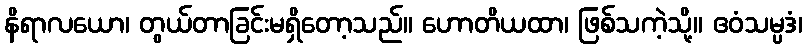
နိရာလယော၊ တွယ်တာခြင်းမရှိတော့သည်။ ဟောတိယထာ၊ ဖြစ်သကဲ့သို့။ ဧဝံသမ္ပဒံ၊